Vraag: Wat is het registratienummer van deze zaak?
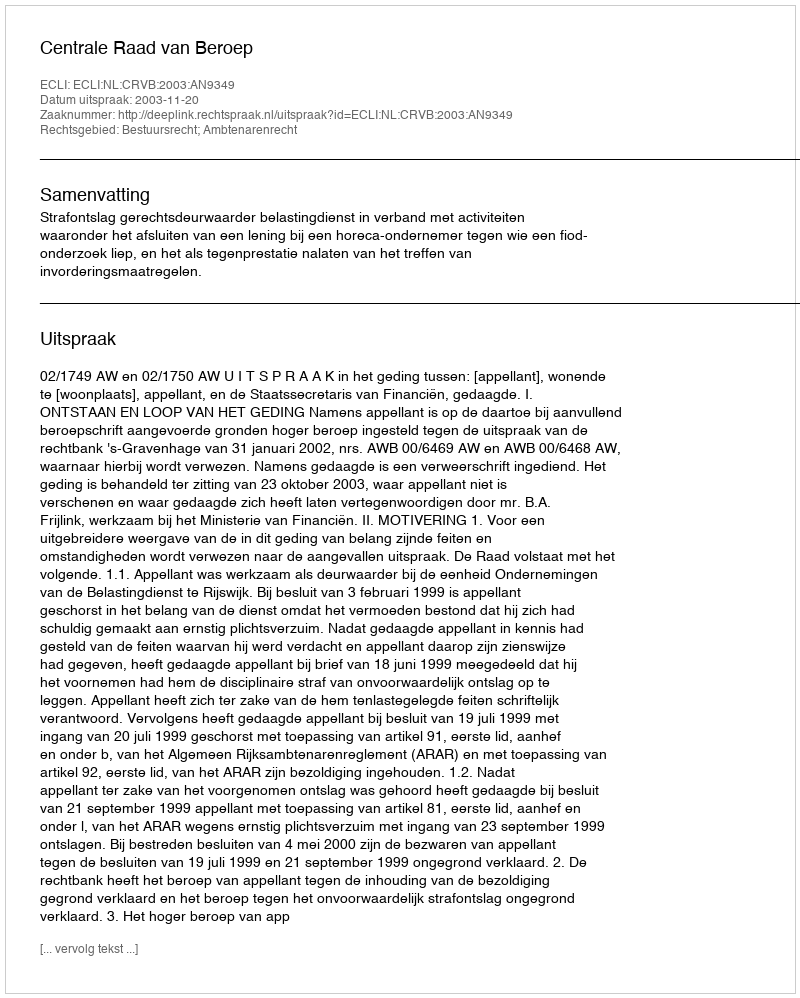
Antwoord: http://deeplink.rechtspraak.nl/uitspraak?id=ECLI:NL:CRVB:2003:AN9349